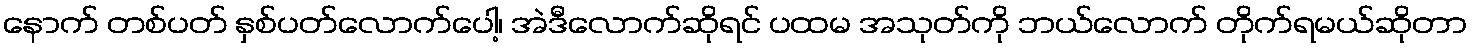
နောက် တစ်ပတ် နှစ်ပတ်လောက်ပေါ့၊ အဲဒီလောက်ဆိုရင် ပထမ အသုတ်ကို ဘယ်လောက် တိုက်ရမယ်ဆိုတာ